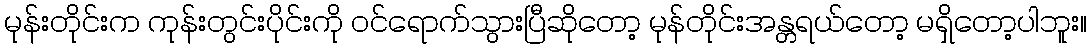
မုန်းတိုင်းက ကုန်းတွင်းပိုင်းကို ဝင်ရောက်သွားပြီဆိုတော့ မုန်တိုင်းအန္တရယ်တော့ မရှိတော့ပါဘူး။